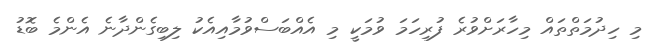
މި ހިދުމަތްތައް މިހާރަށްވުރެ ފުރިހަމަ ވުމަކީ މި އެއްބަސްވުމާއިއެކު ލިބިގެންދާނެ އެންމެ ބޮޑު